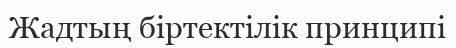
Жадтың біртектілік принципі